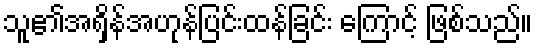
သူ၏အရှိန်အဟုန်ပြင်းထန်ခြင်း ကြောင့် ဖြစ်သည်။